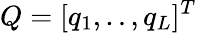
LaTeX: Q=[q_{1},..,q_{L}]^{T}